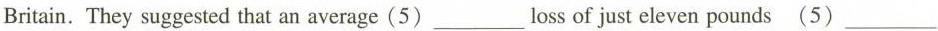
Britain. They suggested that an average (5)___ loss of just eleven pounds (5) ___